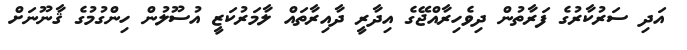
އަދި ސަރުކާރުގެ ފަރާތުން ދިވެހިރާއްޖޭގެ އިދާރީ ދާއިރާތައް ލާމަރުކަޒީ އުސޫލުން ހިންގުމުގެ ޤާނޫނަށް